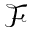
\mathcal { F }